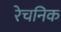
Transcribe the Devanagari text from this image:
रेचनिक